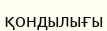
қондылығы